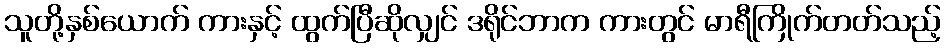
သူတို့နှစ်ယောက် ကားနှင့် ထွက်ပြီဆိုလျှင် ဒရိုင်ဘာက ကားတွင် မာရီကြိုက်တတ်သည့်